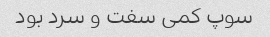
سوپ کمی سفت و سرد بود